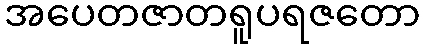
အပေတဇာတရူပရဇတော